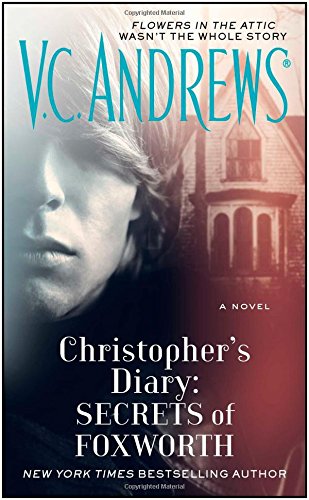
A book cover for Secrets of Foxworth; V.C. Andrews; Romance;